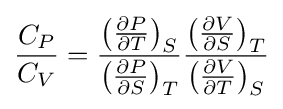
{\frac {C_{P}}{C_{V}}}={\frac {\left({\frac {\partial P}{\partial T}}\right)_{S}}{\left({\frac {\partial P}{\partial S}}\right)_{T}}}{\frac {\left({\frac {\partial V}{\partial S}}\right)_{T}}{\left({\frac {\partial V}{\partial T}}\right)_{S}}}